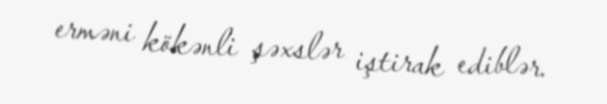
erməni kökənli şəxslər iştirak ediblər.